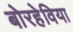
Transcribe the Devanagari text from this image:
बोरहेविया